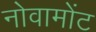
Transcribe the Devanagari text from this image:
नोवामोंट